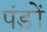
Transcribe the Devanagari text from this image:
पंड़ों